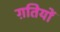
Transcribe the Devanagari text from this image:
ग़तियों